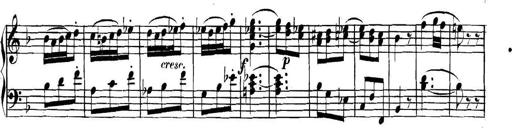
Title: Collected Piano Sonatas
Composer: Muzio Clementi